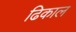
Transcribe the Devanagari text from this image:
ढिकाल